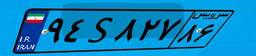
۹۴S۸۲۷۸۶